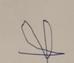
Signature authenticity: forged